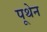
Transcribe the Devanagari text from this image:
पूथेन